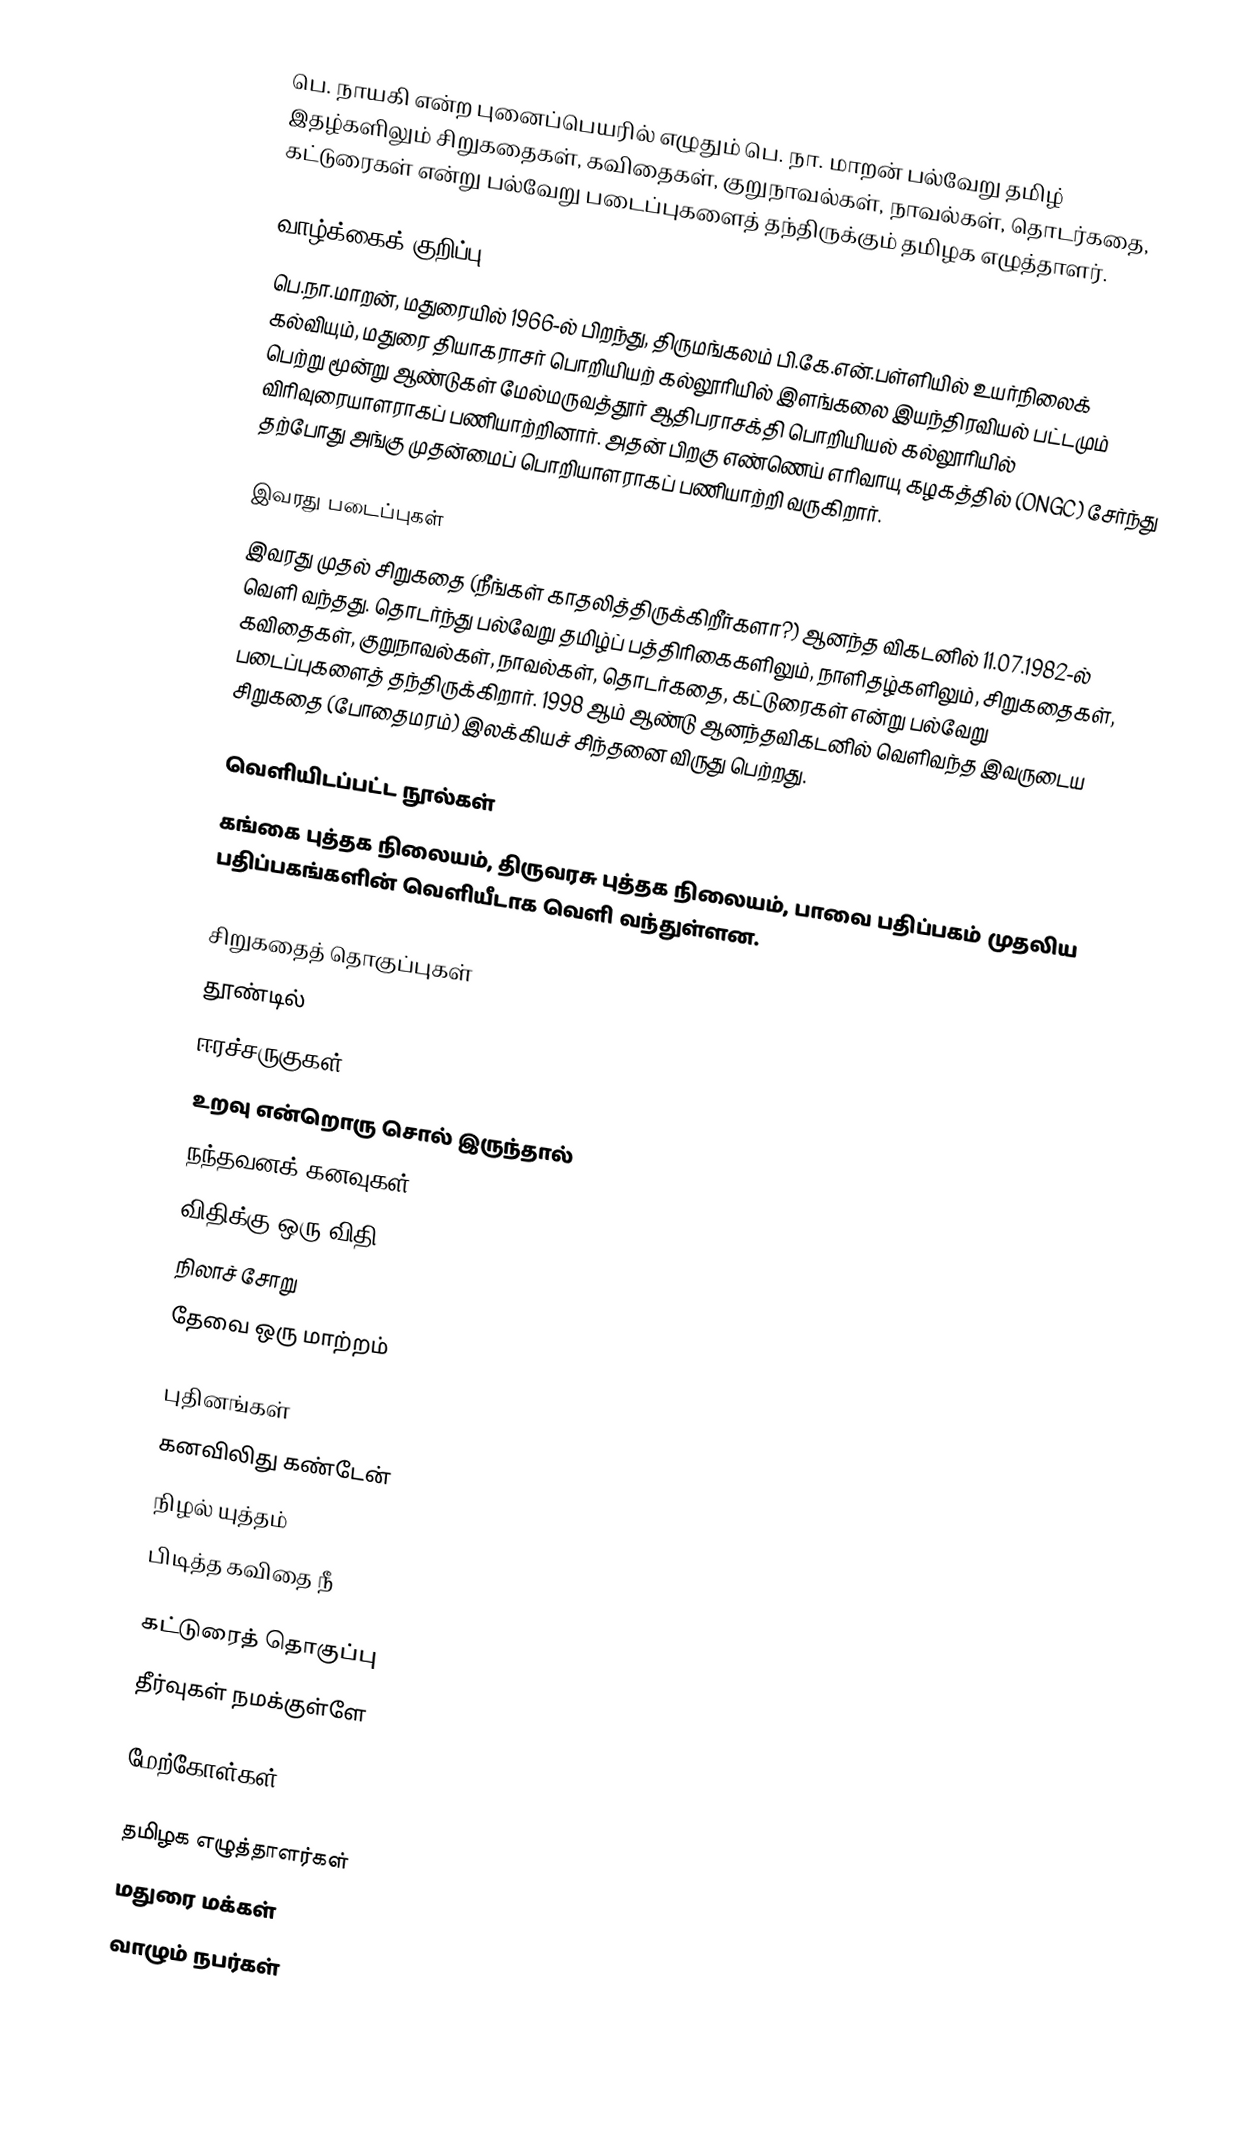
பெ. நாயகி என்ற புனைப்பெயரில் எழுதும் பெ. நா. மாறன் பல்வேறு தமிழ் இதழ்களிலும் சிறுகதைகள், கவிதைகள், குறுநாவல்கள், நாவல்கள், தொடர்கதை, கட்டுரைகள் என்று பல்வேறு படைப்புகளைத் தந்திருக்கும் தமிழக எழுத்தாளர்.

வாழ்க்கைக் குறிப்பு
பெ.நா.மாறன், மதுரையில் 1966-ல் பிறந்து, திருமங்கலம் பி.கே.என்.பள்ளியில் உயர்நிலைக் கல்வியும், மதுரை தியாகராசர் பொறியியற் கல்லூரியில் இளங்கலை இயந்திரவியல் பட்டமும் பெற்று மூன்று ஆண்டுகள் மேல்மருவத்தூர் ஆதிபராசக்தி பொறியியல் கல்லூரியில் விரிவுரையாளராகப் பணியாற்றினார். அதன் பிறகு எண்ணெய் எரிவாயு கழகத்தில் (ONGC) சேர்ந்து தற்போது அங்கு முதன்மைப் பொறியாளராகப் பணியாற்றி வருகிறார்.

இவரது படைப்புகள்
இவரது முதல் சிறுகதை (நீங்கள் காதலித்திருக்கிறீர்களா?) ஆனந்த விகடனில் 11.07.1982-ல் வெளி வந்தது. தொடர்ந்து பல்வேறு தமிழ்ப் பத்திரிகைகளிலும், நாளிதழ்களிலும், சிறுகதைகள், கவிதைகள், குறுநாவல்கள், நாவல்கள், தொடர்கதை, கட்டுரைகள் என்று பல்வேறு படைப்புகளைத் தந்திருக்கிறார். 1998 ஆம் ஆண்டு ஆனந்தவிகடனில் வெளிவந்த இவருடைய சிறுகதை (போதைமரம்) இலக்கியச் சிந்தனை விருது பெற்றது.

வெளியிடப்பட்ட நூல்கள்
கங்கை புத்தக நிலையம், திருவரசு புத்தக நிலையம், பாவை பதிப்பகம் முதலிய பதிப்பகங்களின் வெளியீடாக வெளி வந்துள்ளன.

சிறுகதைத் தொகுப்புகள்
 தூண்டில்
 ஈரச்சருகுகள்
 உறவு என்றொரு சொல் இருந்தால்
 நந்தவனக் கனவுகள்
 விதிக்கு ஒரு விதி
 நிலாச் சோறு
 தேவை ஒரு மாற்றம்

புதினங்கள்
 கனவிலிது கண்டேன்
 நிழல் யுத்தம்
 பிடித்த கவிதை நீ

கட்டுரைத் தொகுப்பு
 தீர்வுகள் நமக்குள்ளே

மேற்கோள்கள்

தமிழக எழுத்தாளர்கள்
மதுரை மக்கள்
வாழும் நபர்கள்